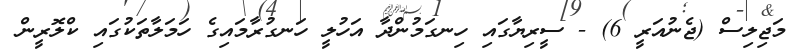
މަޖިލިސް (ޖެނުއަރީ 6) - ސީރިޔާގައި ހިނގަމުންދާ އަހުލީ ހަނގުރާމައިގެ ހަމަލާތަކުގައި ކްލޮރީން